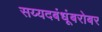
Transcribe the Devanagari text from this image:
सय्यदबंधूंबरोबर